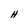
Character: H